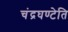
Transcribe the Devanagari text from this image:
चंद्रघण्टेति